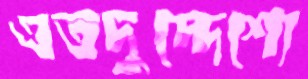
এতদুদ্দেশ্যে